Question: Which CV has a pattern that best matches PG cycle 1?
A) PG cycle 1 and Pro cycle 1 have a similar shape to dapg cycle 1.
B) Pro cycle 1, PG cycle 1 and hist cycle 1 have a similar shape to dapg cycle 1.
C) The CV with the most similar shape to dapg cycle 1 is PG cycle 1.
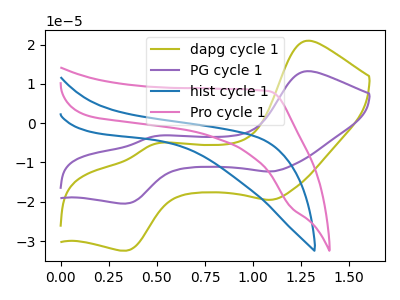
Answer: <think>The olive curve "dapg cycle 1" has anodic peaks at (1.30V, 20.95uA) (0.50V, -5.30uA) and cathodic peaks at (1.10V, -19.50uA) (0.35V, -32.45uA). The purple curve "PG cycle 1" has anodic peaks at (1.30V, 13.20uA) (0.50V, -3.35uA) and cathodic peaks at (1.10V, -12.30uA) (0.35V, -20.45uA). The blue curve "hist cycle 1" has no peaks. The pink curve "Pro cycle 1" has no peaks.
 All the peaks in "dapg cycle 1" have a peak in "PG cycle 1" at the same potential. "dapg cycle 1" and "hist cycle 1" have a different number of peaks. "dapg cycle 1" and "Pro cycle 1" have a different number of peaks. "PG cycle 1" and "hist cycle 1" have a different number of peaks. "PG cycle 1" and "Pro cycle 1" have a different number of peaks. Neither "hist cycle 1" or "Pro cycle 1" have any peaks.</think>
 <answer>C) The CV with the most similar shape to "dapg cycle 1" is "PG cycle 1".</answer>
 <eval>C</eval>